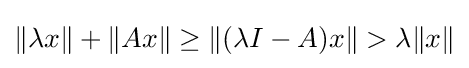
\|\lambda x\|+\|Ax\|\geq \|(\lambda I-A)x\|>\lambda \|x\|